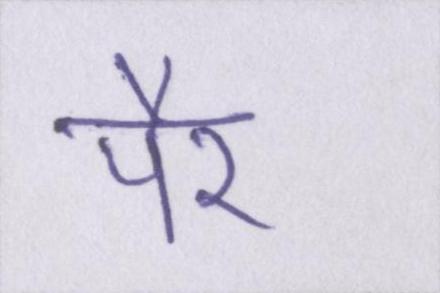
पैर